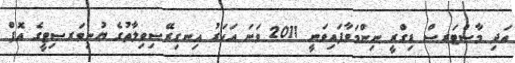
އަދި މާސްޓަރސް ޑިގްރީ ނިންމަވާފައިވަނީ 2011 ވަނަ އަހަރު އިނގިރޭސިވިލާތުގެ ޔުނިވަރސިޓީގެ އޮފް